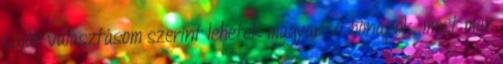
saját választásom szerint lehetek magyar. A hónapok, most már